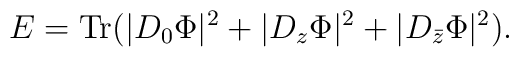
E=\mbox{Tr}(|D_0 \Phi|^2+|D_z \Phi|^2+|D_{\bar{z}} \Phi|^2).